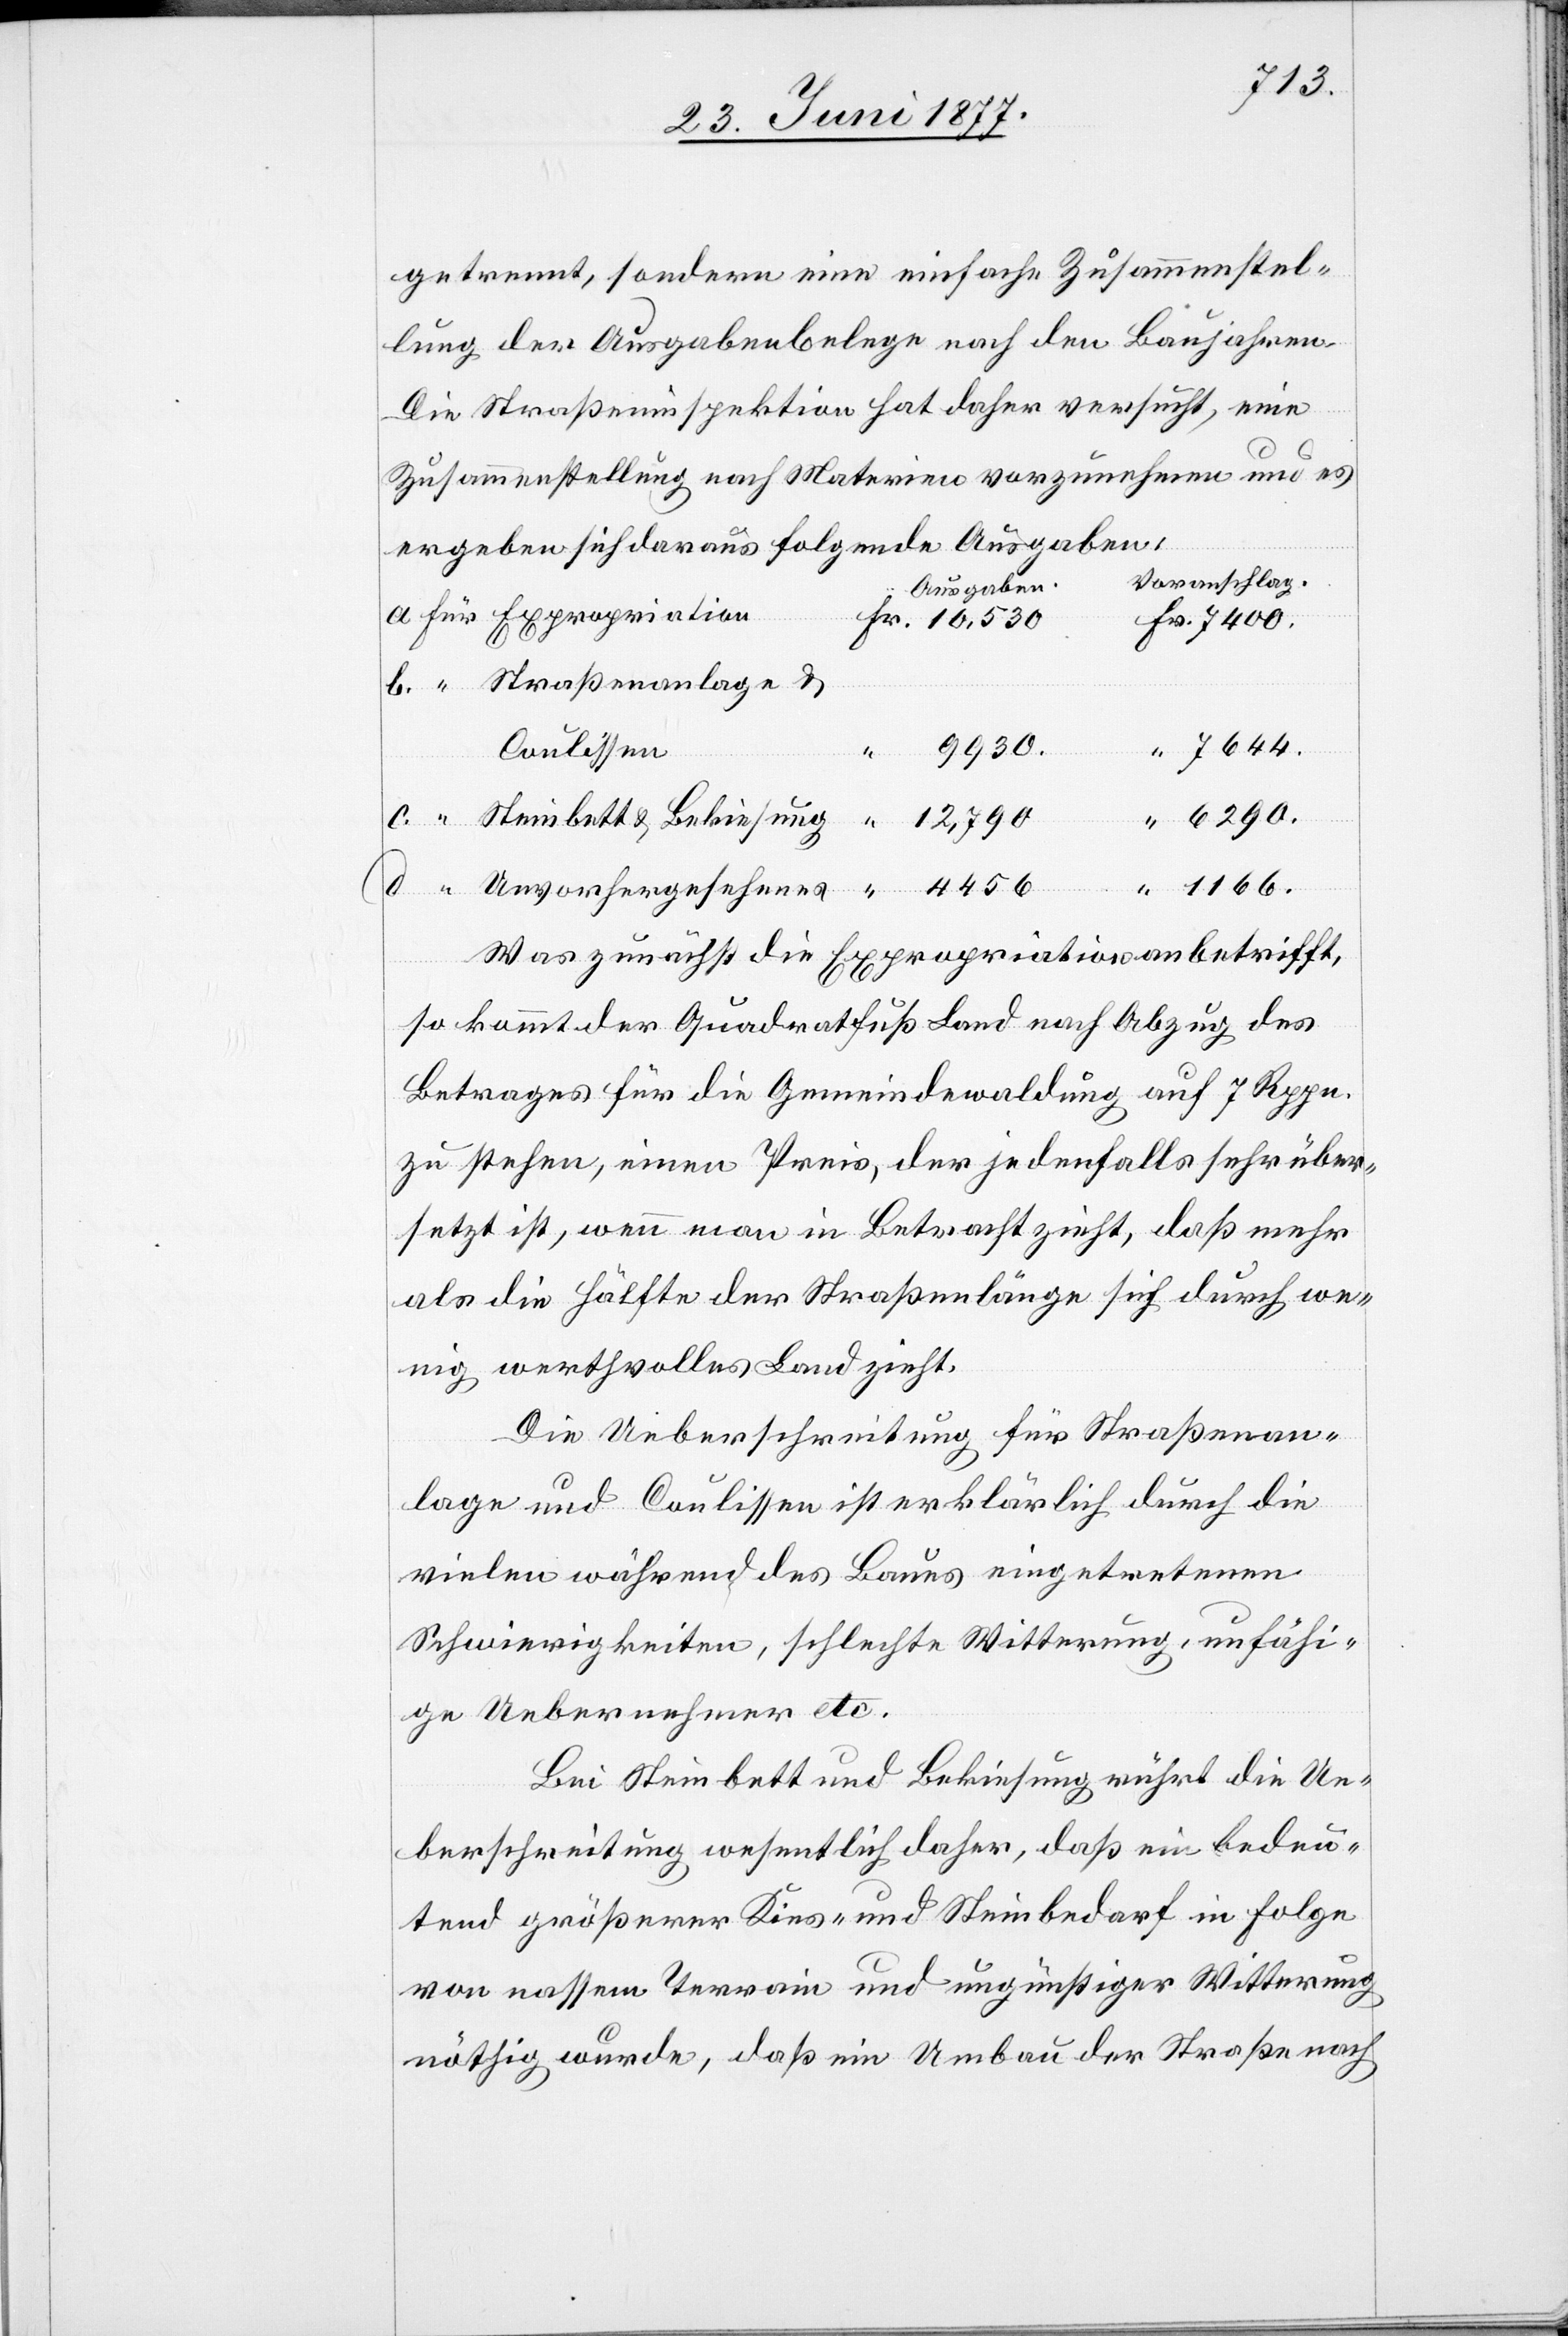
7400
getrennt, sondern eine einfache Zusammenstel¬
lung der Ausgabenbelege nach den Baujahren.
Die Straßeninspektion hat daher versucht, eine
Zusammenstellung nach Materien vorzunehmen und es
on
ergeben sich daraus folgende Ausgaben:
Voranschlag.
Ausgaben.
d.
Straßenanlage &
9930
Unvorherge¬
Coulissen
sehenes
Was zunächst die Expropriation anbetrifft,
so kommt der Quadratfuß Land nach Abzug des
Betrages für die Gemeindewaldung auf 7 Rppn.
zu stehen, einen Preis, der jedenfalls sehr über¬
setzt ist, wenn man in Betracht zieht, daß mehr
als die Hälfte der Straßenlänge sich durch we¬
nig werthvolles Land zieht.
Die Ueberschreitung für Straßenan¬
lage und Coulisse ist erklärlich durch die
vielen während des Baues eingetretenen
Schwierigkeiten, schlechte Witterung, unfähi¬
ge Uebernehmer etc.
Bei Steinbett und Bekiesung rührt die Ue¬
berschreitung wesentlich daher, daß ein bedeu¬
tend größerer Kies- und Steinbedarf in Folge
von nassem Terrain und ungünstiger Witterung
nöthig wurde, daß ein Umbau der Straße nach